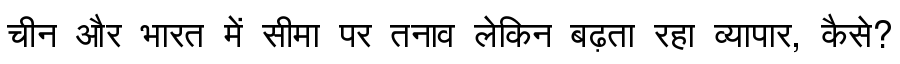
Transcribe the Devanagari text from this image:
चीन और भारत में सीमा पर तनाव लेकिन बढ़ता रहा व्यापार, कैसे?